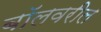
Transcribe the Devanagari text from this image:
बॉलवरील